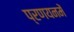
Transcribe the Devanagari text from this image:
प्रणयनमें